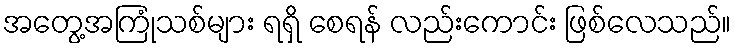
အတွေ့အကြုံသစ်များ ရရှိ စေရန် လည်းကောင်း ဖြစ်လေသည်။